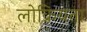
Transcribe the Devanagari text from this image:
लोक्रियता